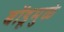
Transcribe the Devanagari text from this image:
बोंडूमुळे